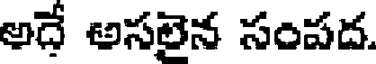
అదే అసలైన సంపద.